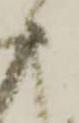
申